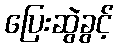
ပြေးဆွဲခွင့်